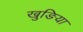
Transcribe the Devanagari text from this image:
खुङिया